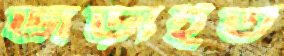
জড়াইত